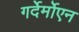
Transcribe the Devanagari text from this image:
गर्देर्मोएन